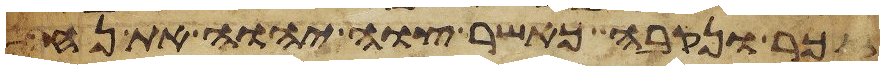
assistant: זכר ונקבה כאשר צוה יהוה את נח